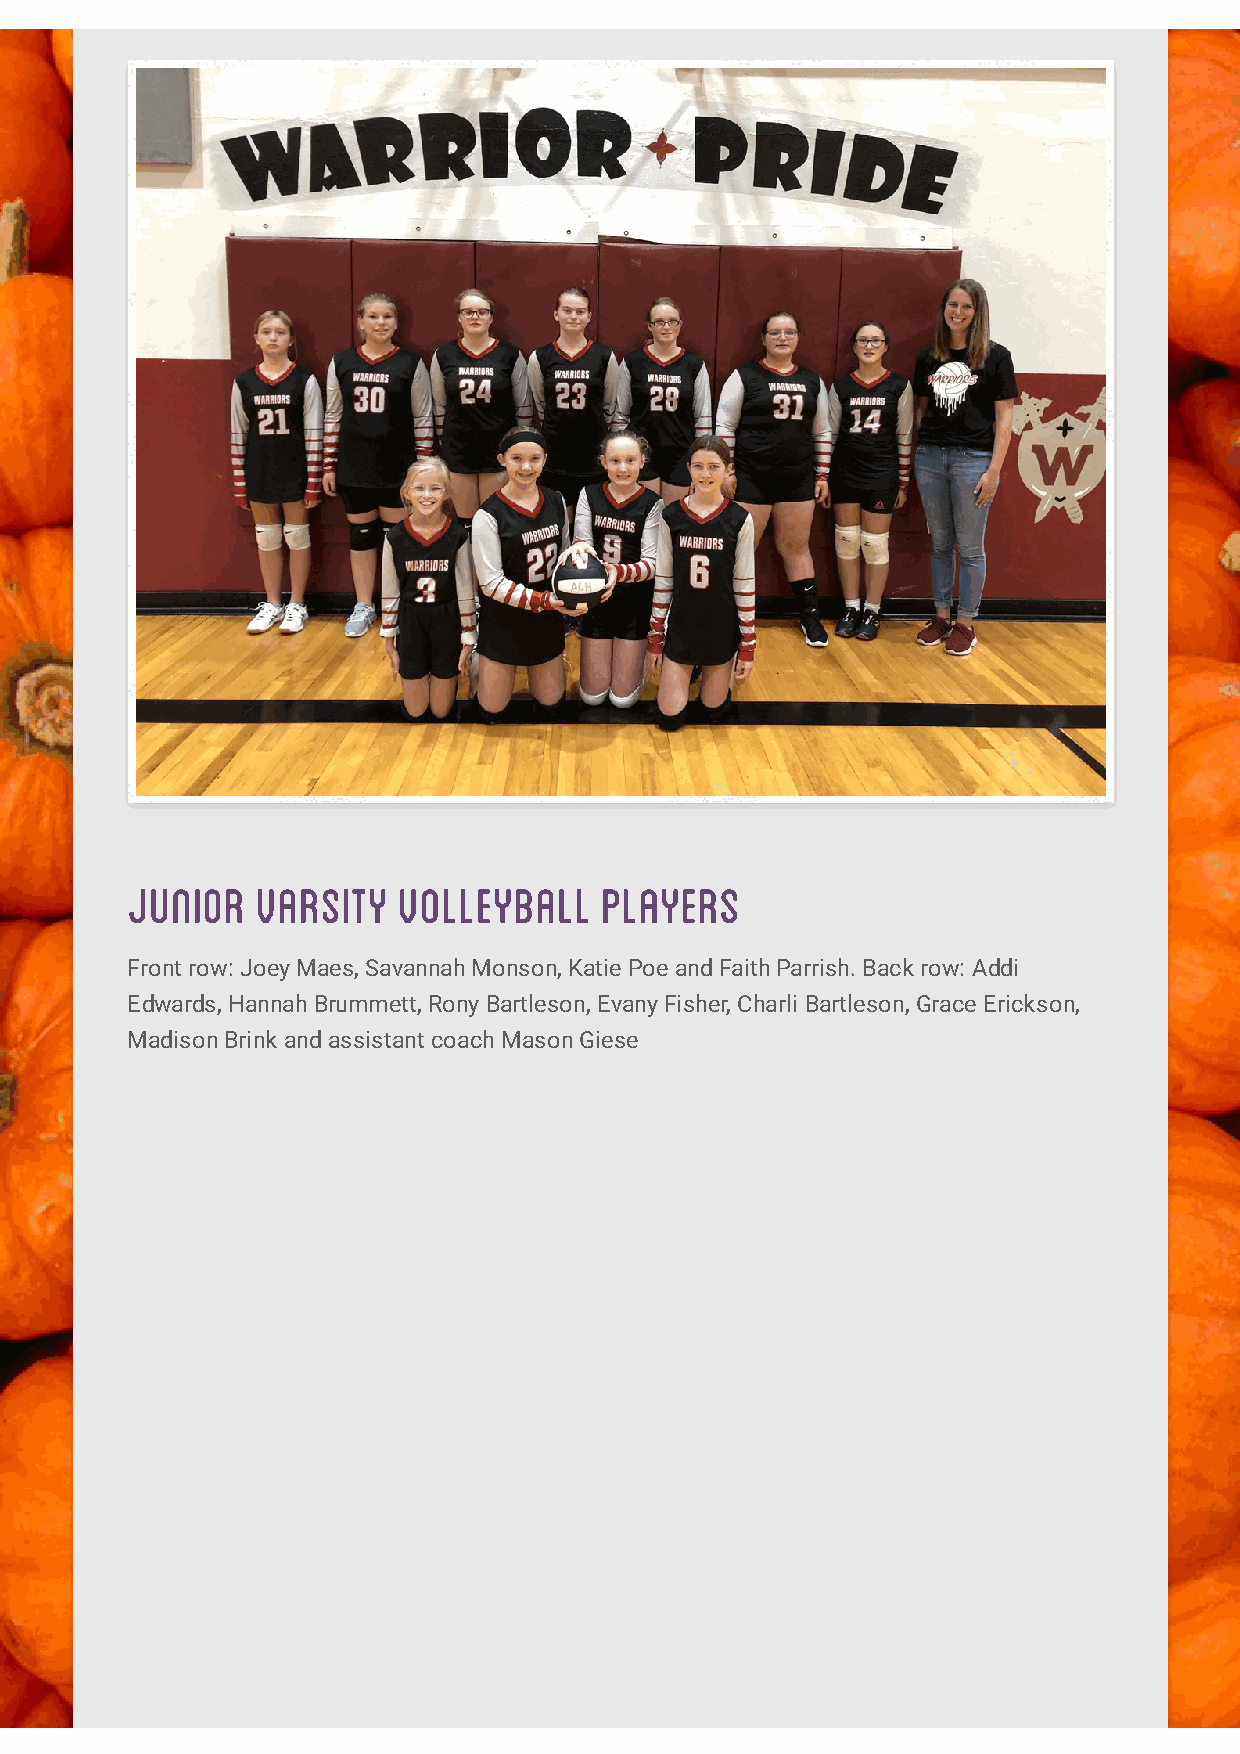
junior   varsity  volleyball    players
 Front row: Joey Maes, Savannah Monson, Katie Poe and Faith Parrish. Back row: Addi
 Edwards, Hannah Brummett, Rony Bartleson, Evany Fisher, Charli Bartleson, Grace Erickson,
 Madison Brink and assistant coach Mason Giese